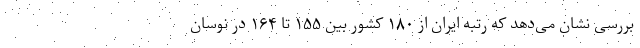
بررسی نشان می‌دهد که رتبه ایران از ۱۸۰ کشور بین ۱۵۵ تا ۱۶۴ در نوسان